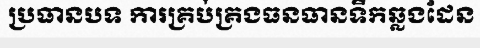
ប្រធានបទ ការគ្រប់គ្រងធនធានទឹកឆ្លងដែន